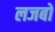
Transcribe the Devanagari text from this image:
लजबो